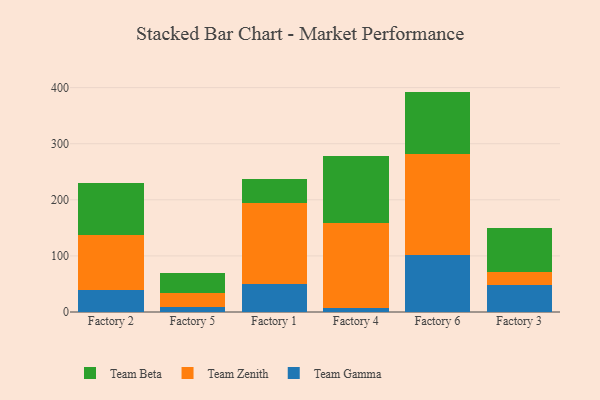
{"axis": {"x": "Factory", "y": "Budget (USD K)"}, "legend": ["Team Beta", "Team Gamma", "Team Zenith"], "data": [{"x": "Factory 2", "y": 38.8, "type": "Team Gamma"}, {"x": "Factory 2", "y": 98.0, "type": "Team Zenith"}, {"x": "Factory 2", "y": 94.0, "type": "Team Beta"}, {"x": "Factory 5", "y": 8.6, "type": "Team Gamma"}, {"x": "Factory 5", "y": 25.0, "type": "Team Zenith"}, {"x": "Factory 5", "y": 36.7, "type": "Team Beta"}, {"x": "Factory 1", "y": 50.4, "type": "Team Gamma"}, {"x": "Factory 1", "y": 143.7, "type": "Team Zenith"}, {"x": "Factory 1", "y": 43.1, "type": "Team Beta"}, {"x": "Factory 4", "y": 6.9, "type": "Team Gamma"}, {"x": "Factory 4", "y": 152.1, "type": "Team Zenith"}, {"x": "Factory 4", "y": 118.3, "type": "Team Beta"}, {"x": "Factory 6", "y": 102.4, "type": "Team Gamma"}, {"x": "Factory 6", "y": 179.4, "type": "Team Zenith"}, {"x": "Factory 6", "y": 111.1, "type": "Team Beta"}, {"x": "Factory 3", "y": 48.0, "type": "Team Gamma"}, {"x": "Factory 3", "y": 23.6, "type": "Team Zenith"}, {"x": "Factory 3", "y": 78.0, "type": "Team Beta"}]}